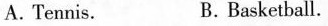
A. Tennis. B.Basketball.